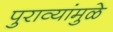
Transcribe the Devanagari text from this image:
पुराव्यांमुळे